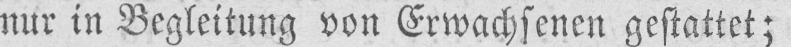
nur in Begleitung von Erwachsenen gestattet;